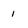
Character: 1